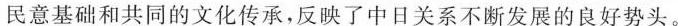
民意基础和共同的文化传承，反映了中日关系不断发展的良好势头。